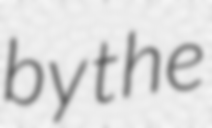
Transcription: by the